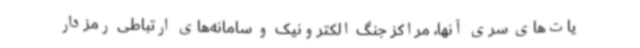
یات‌های سری آنها، مراکز جنگ الکترونیک و سامانه‌های ارتباطی رمزدار